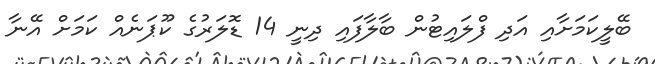
ބޭލީކަމަށާއި އަދި ފްލައިޓުން ބާލާފައި ދިނީ 14 ޑޮލަރުގެ ކޫޕަނެއް ކަމަށް އޭނާ